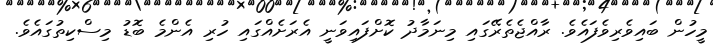
މީހުން ބައިވެރިވެފައެވެ. ރާއްޖެތެރޭގައި މިނަމާދު ކޮށްފައިވަނީ އެރަށެއްގައި ހުރި އެންމެ ބޮޑު މިސްކިތުގައެވެ.